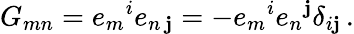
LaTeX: G_{mn}=e_{m}{}^{i}e_{n\, \mathbf{j}}=-e_{m}{}^{i}e_{n}{}^{\mathbf{j}}\delta_{i\mathbf{j}}\, .